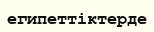
египеттіктерде